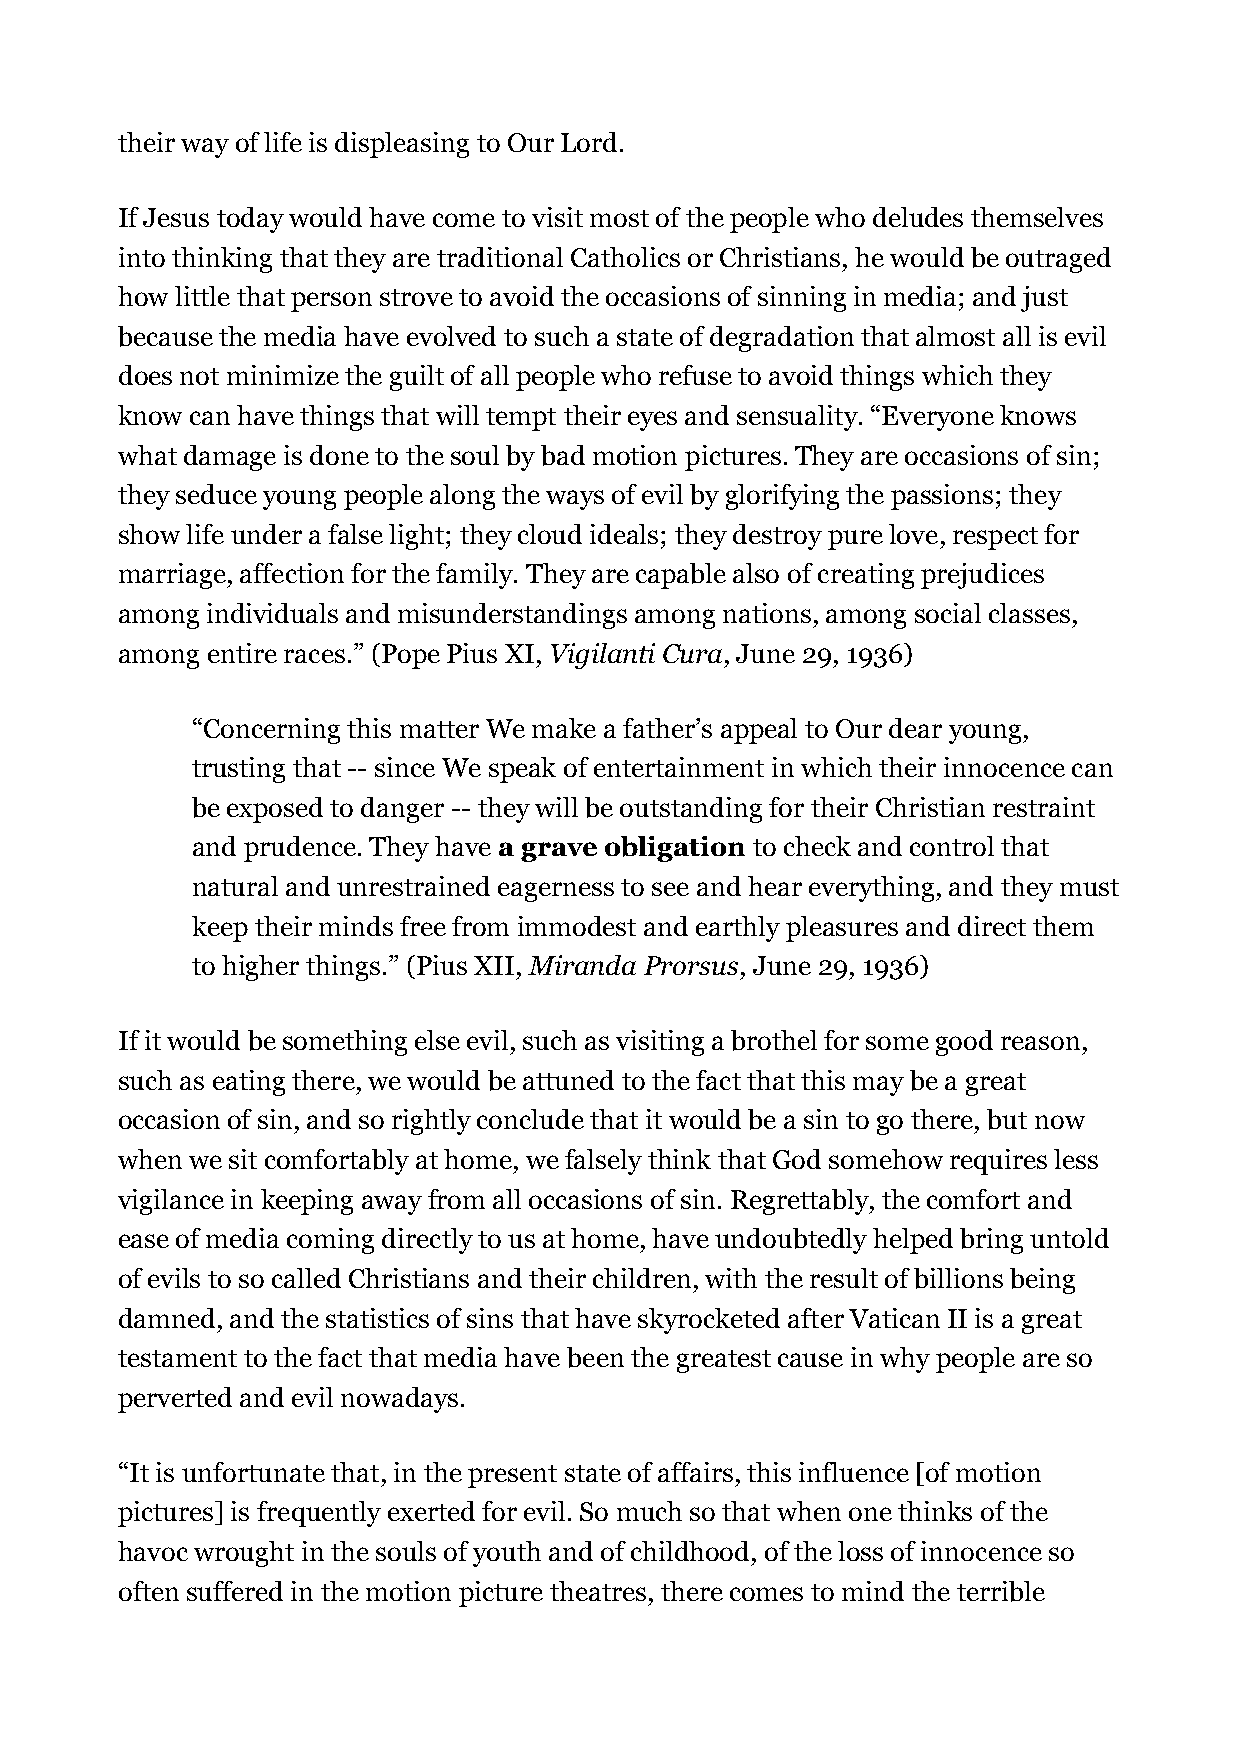
their way of life is displeasing to Our Lord.
 If Jesus today would have come to visit most of the people who deludes themselves
 into thinking that they are traditional Catholics or Christians, he would be outraged
 how little that person strove to avoid the occasions of sinning in media; and just
 because the media have evolved to such a state of degradation that almost all is evil
 does not minimize the guilt of all people who refuse to avoid things which they
 know can have things that will tempt their eyes and sensuality. “Everyone knows
 what damage is done to the soul by bad motion pictures. They are occasions of sin;
 they seduce young people along the ways of evil by glorifying the passions; they
 show life under a false light; they cloud ideals; they destroy pure love, respect for
 marriage, affection for the family. They are capable also of creating prejudices
 among individuals and misunderstandings among nations, among social classes,
 among entire races.” (Pope Pius XI, Vigilanti Cura, June 29, 1936)
 “Concerning this matter We make a father’s appeal to Our dear young,
 trusting that -- since We speak of entertainment in which their innocence can
 be exposed to danger -- they will be outstanding for their Christian restraint
 and prudence. They have a grave obligation to check and control that
 natural and unrestrained eagerness to see and hear everything, and they must
 keep their minds free from immodest and earthly pleasures and direct them
 to higher things.” (Pius XII, Miranda Prorsus, June 29, 1936)
 If it would be something else evil, such as visiting a brothel for some good reason,
 such as eating there, we would be attuned to the fact that this may be a great
 occasion of sin, and so rightly conclude that it would be a sin to go there, but now
 when we sit comfortably at home, we falsely think that God somehow requires less
 vigilance in keeping away from all occasions of sin. Regrettably, the comfort and
 ease of media coming directly to us at home, have undoubtedly helped bring untold
 of evils to so called Christians and their children, with the result of billions being
 damned, and the statistics of sins that have skyrocketed after Vatican II is a great
 testament to the fact that media have been the greatest cause in why people are so
 perverted and evil nowadays.
 “It is unfortunate that, in the present state of affairs, this influence [of motion
 pictures] is frequently exerted for evil. So much so that when one thinks of the
 havoc wrought in the souls of youth and of childhood, of the loss of innocence so
 often suffered in the motion picture theatres, there comes to mind the terrible